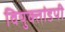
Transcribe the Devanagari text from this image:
वियुक्तांडपी